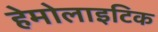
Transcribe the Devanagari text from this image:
हेमोलाइटिक